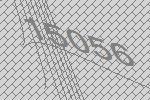
15056